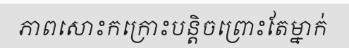
ភាពសោះកក្រោះបន្តិចព្រោះតែម្នាក់